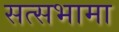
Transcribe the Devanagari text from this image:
सत्सभामा